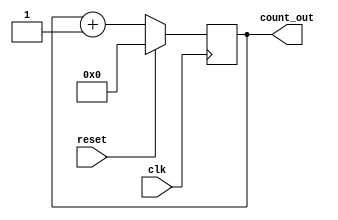
`timescale 1ns / 1ps

module Contador(
    input wire clk,
    input wire reset,
    output reg [4:0] count_out
    );
//-------------Code Starts Here-------
always @(negedge clk)
if (reset) begin
  count_out <= 5'b0 ;
end else begin
  count_out <= count_out + 1;
end


endmodule